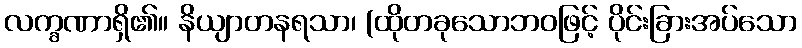
လက္ခဏာရှိ၏။ နိယျာတနရသာ၊ (ထိုတခုသောဘဝဖြင့် ပိုင်းခြားအပ်သော